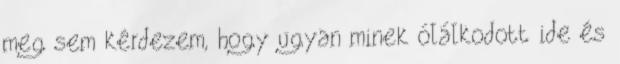
meg sem kérdezem, hogy ugyan minek ólálkodott ide és